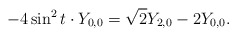
\begin{align*}-4\sin ^{2}t\cdot Y_{0,0}=\sqrt{2}Y_{2,0}-2Y_{0,0}. \end{align*}